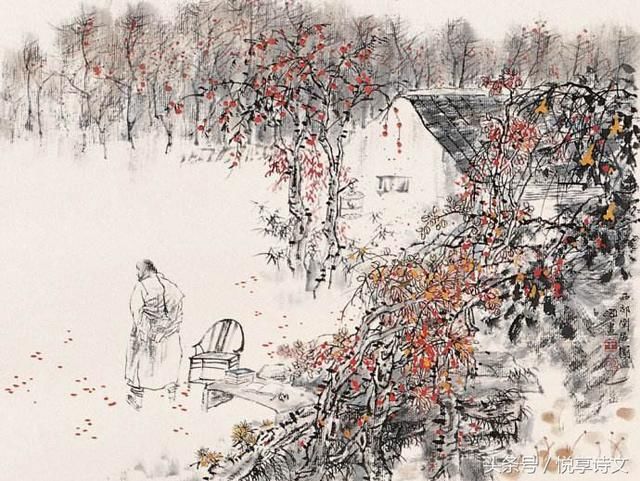
青春几何时，黄鸟鸣不歇。